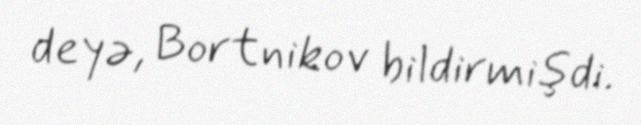
deyə, Bortnikov bildirmişdi.